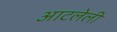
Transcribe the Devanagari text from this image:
आटलेली